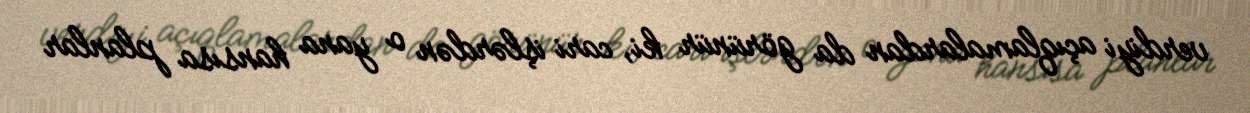
verdiyi açıqlamalardan da görünür ki, cari işlərdən o yana hansısa planlar